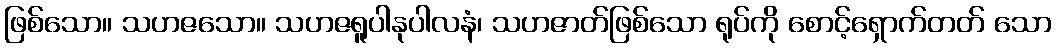
ဖြစ်သော။ သဟဇသော။ သဟဇရူပါနုပါလနံ၊ သဟဇာတ်ဖြစ်သော ရုပ်ကို စောင့်ရှောက်တတ် သော